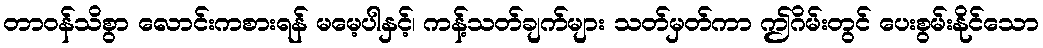
တာဝန်သိစွာ လောင်းကစားရန် မမေ့ပါနှင့်၊ ကန့်သတ်ချက်များ သတ်မှတ်ကာ ဤဂိမ်းတွင် ပေးစွမ်းနိုင်သော